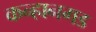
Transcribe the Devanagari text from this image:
कन्हानगड